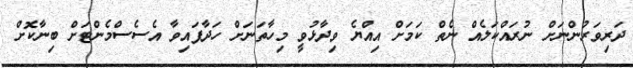
ދަރިވަރުންނަށް ނުރައްކަލެއް ނެތް ކަމަށް އިއްޔެ ވިދާޅުވީ މިހާތަނަށް ހަދާފައިވާ އެސެސްމެންޓަށް ބިނާކޮށް